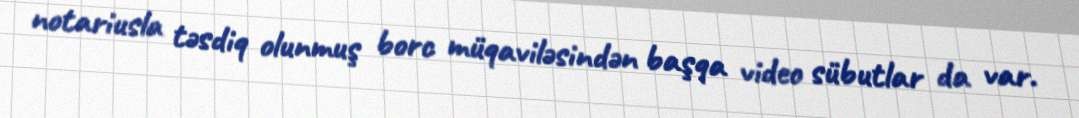
notariusla təsdiq olunmuş borc müqaviləsindən başqa video sübutlar da var.